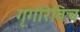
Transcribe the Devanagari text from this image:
गृगोरेविच